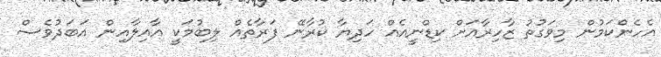
އެހެންކަމުން މިވަގުތު ޒާހިރާއަށް ކިޑްނީއެއް ހަދިޔާ ކުރާނޭ ފަރާތެއް ލިބުމަކީ އާއިލާއިން އަބަދުވެސް